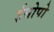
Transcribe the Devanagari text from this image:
ईसोपो